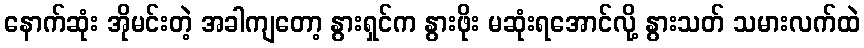
နောက်ဆုံး အိုမင်းတဲ့ အခါကျတော့ နွားရှင်က နွားဖိုး မဆုံးရအောင်လို့ နွားသတ် သမားလက်ထဲ